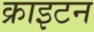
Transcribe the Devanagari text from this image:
क्राइटन